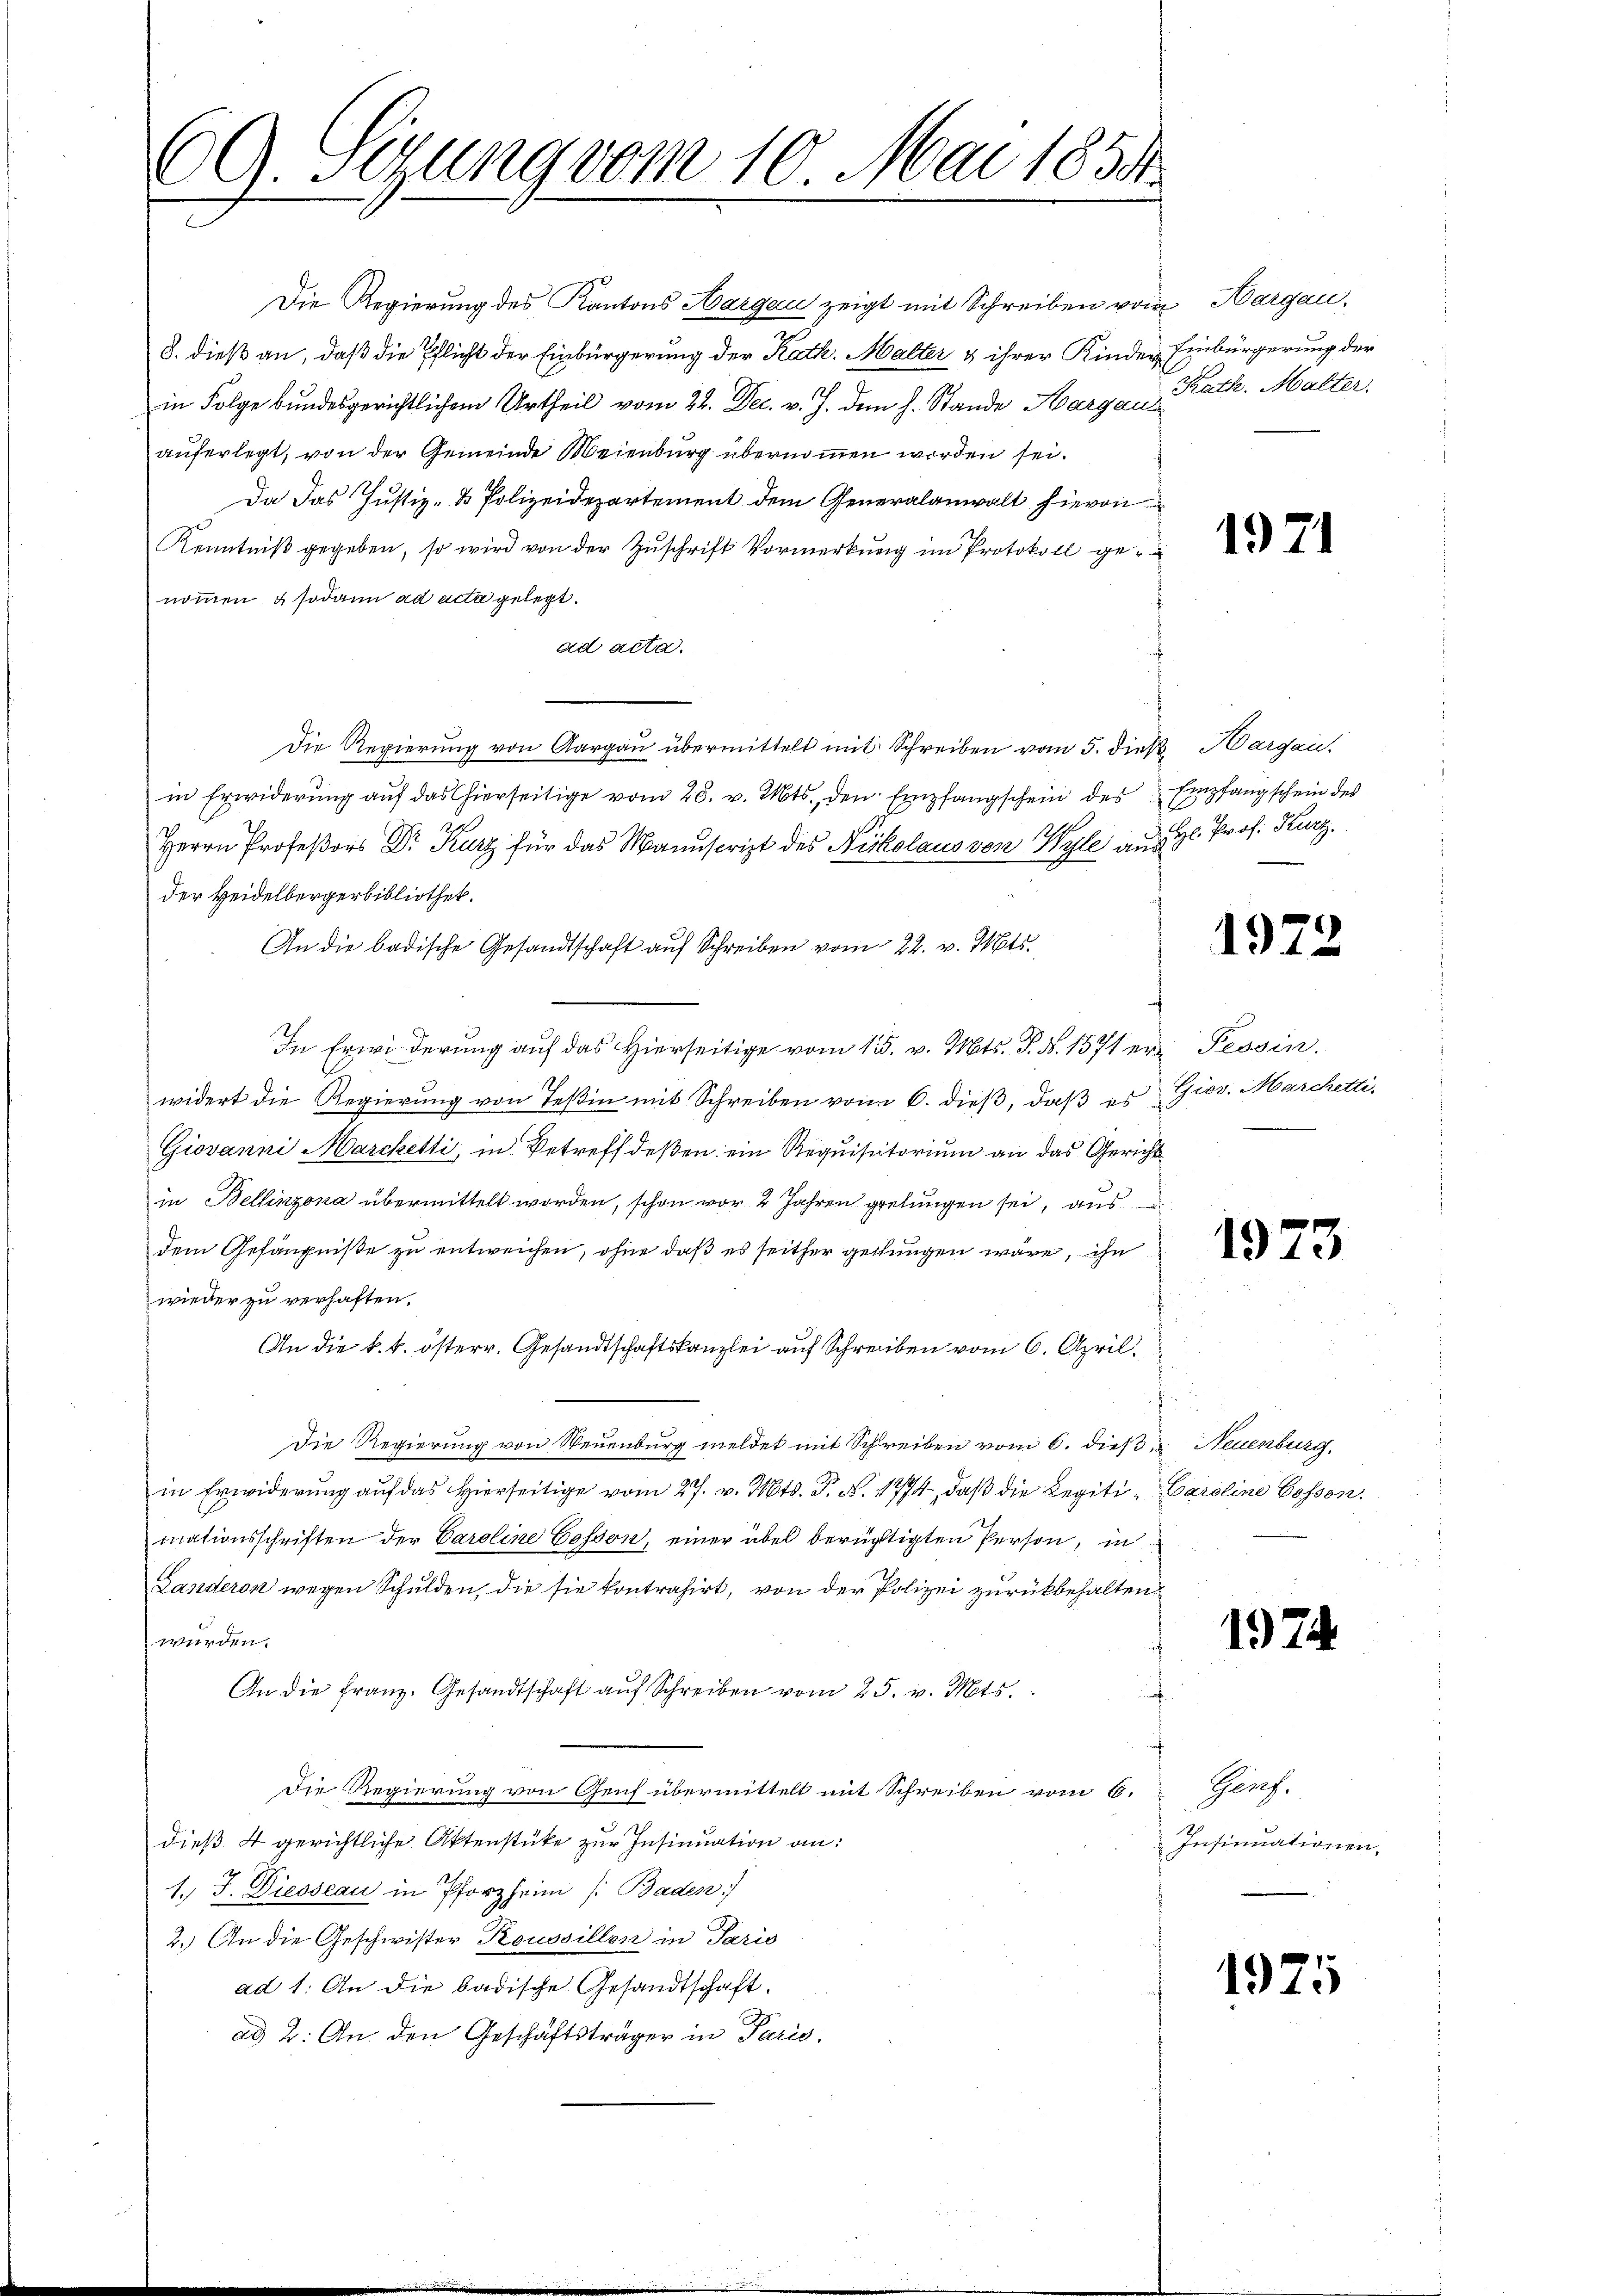
CG. Segung vom 10. Mai 1858.

Die Regierung des Kantons Aargau zeigt mit Schreiben von Aargau,
8. dieß an, daß die Pflicht der Einbürgerung der Rath. Malter & ihrer Kinder Einbürgerung der
in Folge bundesgerichtlichem Urtheil vom 22. Dec. v. J. dem h. Stande Hargau, Kath. Malter.
auferlegt, von der Gemeinde Meienburg übernommen worden sei.
Da das Justiz- & Polizeidepartement dem Generalanwalt hievon
Kenntniß gegeben, so wird von der Zuschrift Vormerkung im Protokoll genommen & sodann ad acta gelegt.
ad acta.
Die Regierung von Aargau übermittelt mit Schreiben vom 5. dieß Margau,
in Erwiderung auf das hierseitige vom 28. v. Mts., den Empfangschein des Empfangschein des
Herrn Profeßors Dr. Kurz für das Manuscript des Nikolaus von Wyle aus gl. Prof. Kurz.
der Heidelbergerbibliothek.
An die badische Gesandtschaft auf Schreiben vom 22. v. Mts.
In Erwiederung auf das Hierseitige vom 15. v. Mts. S. N. 1571 er Tessin.
widert die Regierung von Teßin mit Schreiben vom 6. dieß, daß es Gior. Marchetti,
Giovanni Marcketti, in Betreff deßen ein Requisitorium an das Gericht
in Bellinzona übermittelt worden, schon vor 2 Jahren gelungen sei, aus
dem Gefängniße zu entweichen, ohne daß es seither geltungen wäre, ihn
wieder zu verhaften.
An die k. k. österr. Gesandtschaftskanzlei auf Schreiben vom 6. April.
f
Die Regierung von Neuenburg meldet mit Schreiben vom 6. dieß u Neuenburg,
in Erwiderung auf das hierseitige vom 27. v. Mts. S. N. 1774, daß die Legiti- Caroline Cossonmationsschriften der Caroline Cosson, einer übel berüchtigten Person, in
Landeron wegen Schulden, die sie kontrahirt, von der Polizei zurückbehalten,
werden.
An die Franz. Gesandtschaft aŭf Schreiben vom 25. v. Mts.
Die Regierung von Genf übermittelt mit Schreiben vom 6.
dieß 4 gerichtliche Aktenstüke zur Insinuation an:
1.) J. Diesseau in Pforzheim (Baden)
2.) An die Geschwister Roussillon in Paris
ad 1. An die badische Gesandtschaft.
ad 2. An den Geschäftsträger in Paris.

1971

1922

1973

1974

Gares.
Insinuationen.

1925